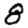
Digit: 8